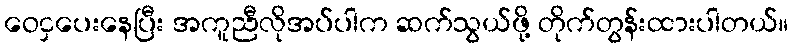
ဝေငှပေးနေပြီး အကူညီလိုအပ်ပါက ဆက်သွယ်ဖို့ တိုက်တွန်းထားပါတယ်။